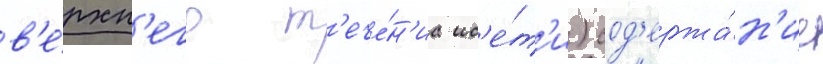
в'е́рхн'его т'ече́н'иа ис'е́т'и) сод'ержа́н'ие